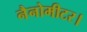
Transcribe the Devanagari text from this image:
नैनोमीटर।